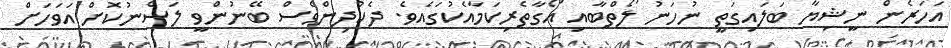
އަހަރެން ނީޝިޔާ ބަލައިގަތީ ނުހަނު ލޯތްބާއި އޯގާތެރިކަމާއެކުގައެވެ. ދެކުދިންވެސް ބޭނުންވީ ލަސްނުކޮށް އަވަހަށް